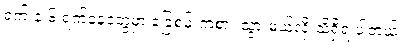
ရက် နဲ့ ၆ ရက်နေ့တွေမှာ ခြေစမ်းကစား သွားမယ်လို့ သိရှိရ ပါတယ်။